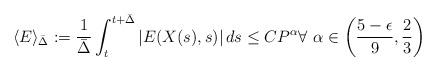
LaTeX: \begin{align*}\langle E \rangle_{\bar\Delta} := \frac{1}{\bar\Delta} \int_t^{t+\bar\Delta} |E(X(s), s)| \, ds\leq C P^{\alpha} \forall \,\, \alpha \in \left(\frac{5-\epsilon}{9}, \frac23 \right)\end{align*}